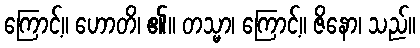
ကြောင့်။ ဟောတိ၊ ၏။ တသ္မာ၊ ကြောင့်။ ဇိနော၊ သည်။